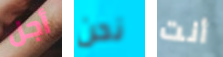
أجل نحن أنت